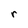
Character: r